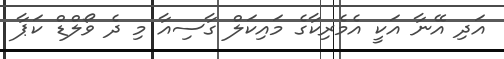
އަދި އޭނާ އަކީ އެމެރިކާގެ މައިކަލް ގާސިއާ މި ދެ ވޯލްޑް ކަޕާ